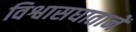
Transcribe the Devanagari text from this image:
विश्वासघातानें